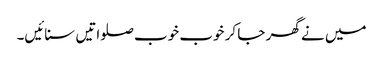
میں نے گھر جا کر خوب خوب صلواتیں سنائیں۔